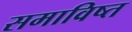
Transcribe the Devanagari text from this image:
समाविष्त